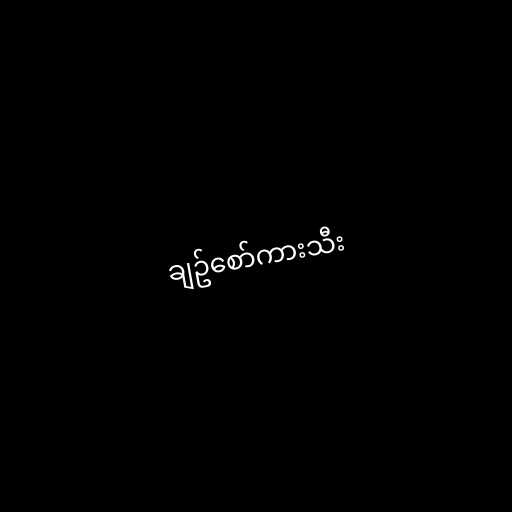
ချဥ်စော်ကားသီး